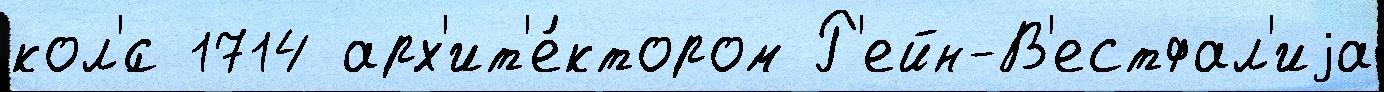
кол'́с 1714 арх'ит'е́ктором Р'ейн-В'естфал'иjа